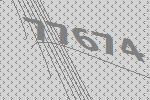
77674